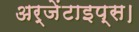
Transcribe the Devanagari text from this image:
अर्जेंटाइप्स।